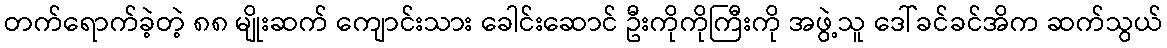
တက်ရောက်ခဲ့တဲ့ ၈၈ မျိုးဆက် ကျောင်းသား ခေါင်းဆောင် ဦးကိုကိုကြီးကို အဖွဲ့သူ ဒေါ်ခင်ခင်အိက ဆက်သွယ်